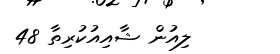
ލިއުން ޝާއިއުކުރިތާ 48